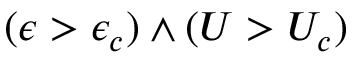
( \epsilon > \epsilon _ { c } ) \wedge ( U > U _ { c } )